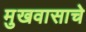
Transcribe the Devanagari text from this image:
मुखवासाचे